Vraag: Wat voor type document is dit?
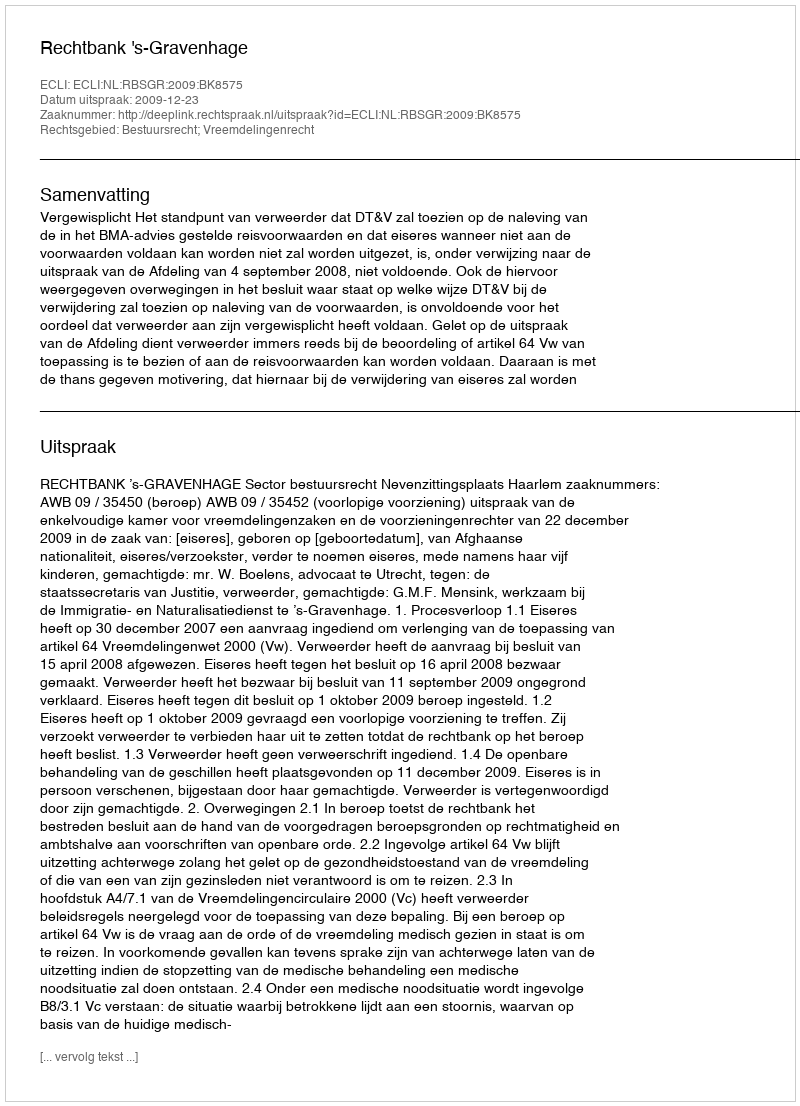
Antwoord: Uitspraak